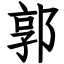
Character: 郭